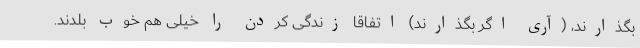
بگذارند، (آری اگر بگذارند) اتفاقا زندگی کردن را خیلی هم خوب بلدند.